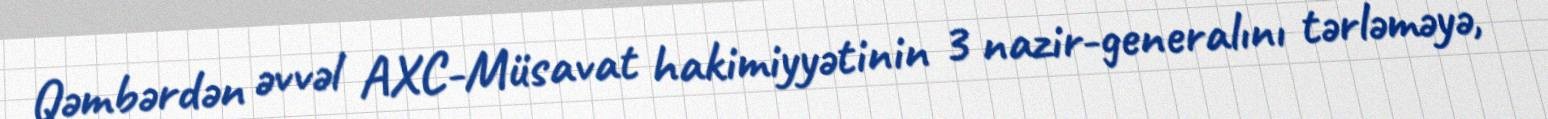
Qəmbərdən əvvəl AXC-Müsavat hakimiyyətinin 3 nazir-generalını tərləməyə,